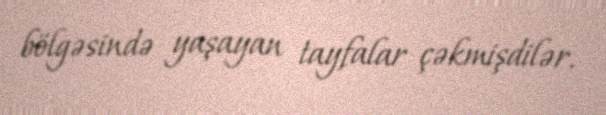
bölgəsində yaşayan tayfalar çəkmişdilər.